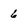
Character: 6